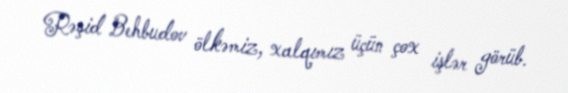
Rəşid Behbudov ölkəmiz, xalqımız üçün çox işlər görüb.